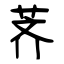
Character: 荠